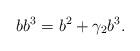
LaTeX: \begin{align*}bb^3 = b^2+ \gamma_2 b^3.\end{align*}